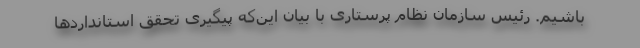
باشیم. رئیس سازمان نظام پرستاری با بیان این‌که پیگیری تحقق استانداردها